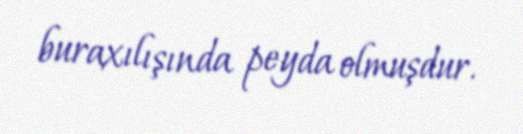
buraxılışında peyda olmuşdur.